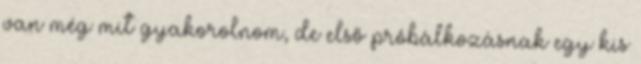
van még mit gyakorolnom, de első próbálkozásnak egy kis